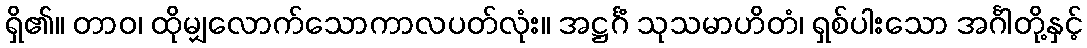
ရှိ၏။ တာဝ၊ ထိုမျှလောက်သောကာလပတ်လုံး။ အဋ္ဌင်္ဂံ သုသမာဟိတံ၊ ရှစ်ပါးသော အင်္ဂါတို့နှင့်